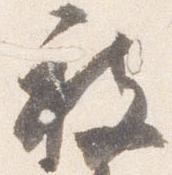
被